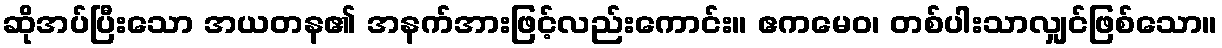
ဆိုအပ်ပြီးသော အယတန၏ အနက်အားဖြင့်လည်းကောင်း။ ဧကမေဝ၊ တစ်ပါးသာလျှင်ဖြစ်သော။